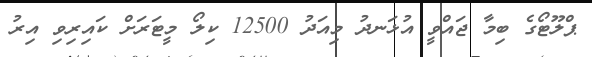
ޕްލޫޓޯގެ ބިމާ ޖައްވީ އުޅަނދު މިއަދު 12500 ކިލޯ މީޓަރަށް ކައިރިވި އިރު